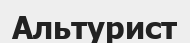
Альтурист